Lunatic asylums in Bengal annual reports 1888-1898 - 1888-1898
Year: 1888
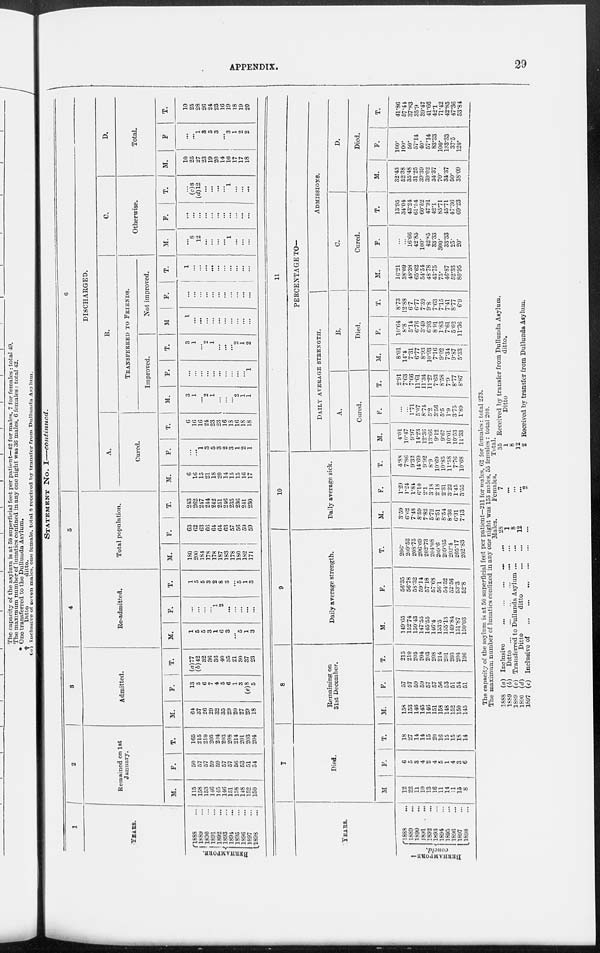
APPENDIX.
29
STATEMENT No. I—continued.
1
YEARS.
BERHAMPORE.
1888
...
1889
...
1890...
1891 ...
1892
...
1893...
1894
...
1895 ...
1896 ...
1897 ...
1898
...
2
Remained on 1st
January.
M.
115
158
153
146
145
146
151
158
148
152
150
F.
50
57
57
59
59
57
57
56
53
51
54
T.
165
215
210
205
204
203
208
214
201
203
204
3
Admitted.
M.
64
37
26
29
32
35
29
20
27
29
18
F.
13
5
6
7
4
5
6
1
3
(e)8
5
T.
(a)77
(b)42
32
36
36
40
35
21
30
37
23
4
Re-admitted.
M.
1
5
5
3
1
6
3
...
5
1
3
F.
...
...
...
...
1
2
...
...
...
...
...
T.
1
5
5
3
2
8
3
...
5
1
3
5
Total population.
M.
180
200
184
178
178
187
183
178
180
182
171
F.
63
62
63
66
64
64
63
57
56
59
59
T.
243
262
247
244
242
251
246
235
236
241
230
6
DISCHARGED.
A.
Cured.
M.
6
16
15
21
18
20
14
15
15
16
17
F.
...
...
1
3
5
3
2
3
1
2
1
T.
6
16
16
24
23
23
16
18
16
18
18
B.
TRANSFERRED TO FRIENDS.
Improved.
M.
3
1
...
2
1
...
...
...
2
1
1
F.
...
...
...
...
...
...
...
...
...
...
1
T.
3
1
...
2
1
...
...
...
2
1
2
Not improved.
M
1
...
...
...
...
...
...
...
...
...
...
F.
...
...
...
...
...
...
...
...
...
...
...
T.
1
...
...
...
...
...
...
...
...
...
...
C.
Otherwise.
M.
...
8
12
...
...
...
...
1
...
...
...
F.
...
...
...
...
...
...
...
...
...
...
...
T.
...
(c)8
(d)12
...
...
...
...
1
...
...
...
D,
Total.
M.
10
25
27
23
19
20
14
16
17
17
18
F
...
...
1
3
5
3
...
3
1
2
2
T.
10
25
28
26
24
23
16
19
18
19
20
YEARS.
BERHAMPORE —
concld.
1888 ...
1889 ...
1890...
1891 ...
1892 ...
1893...
1894...
1895 ...
1896 ...
1897 ...
1898 ...
7
Died.
M
12
22
11
10
13
16
11
14
11
15
8
F.
6
5
3
4
2
4
5
1
4
3
6
T.
18
27
14
14
15
20
16
15
15
18
14
8
Remaining on
31st December.
M.
158
153
146
145
146
151
158
148
152
150
145
F.
57
57
59
59
57
57
56
53
51
54
51
T.
215
210
205
204
203
208
214
201
203
204
196
9
Daily average strength.
M.
149.65
152.74
150.43
147.55
145.55
146.4
153.5
155.13
149.84
151.87
150.03
F.
56.35
56.78
58.32
59.14
57.18
57.68
56.1
54.52
52.56
53.3
52.8
T.
206.
209.52
208.75
206.69
202.73
204.08
209.6
209.65
202.4
205.17
202.83
10
Daily average sick.
M.
3.59
6.62
7.43
8.59
7.82
5.72
8.51
8.54
8.36
6.31
7.13
F.
1.29
1.24
1.84
6.10
2.1
3.18
2.18
2.31
3.22
1.45
3.55
T.
4.88
7.86
9.32
14.69
9.92
8.9
10.69
10.85
11.58
7.76
10.68
11
PERCENTAGE TO—
DAILY AVERAGE STRENGTH.
A.
Cured.
M.
4.01
10.47
9.97
14.23
12.36
13.66
9.12
9.67
10.01
10.53
11.33
F.
...
...
1.71
5.07
8.74
5.2
3.56
5.5
1.9
3.75
1.89
T.
2.91
7.63
7.66
11.61
11.34
11.27
7.63
8.58
7.9
8.77
8.87
B.
Died.
M.
8.01
14.4
7.31
6.77
8.93
10.93
7.16
9.02
7.34
9.87
5.33
F.
10.64
8.8
5.14
6.76
3.49
6.93
8.91
1.83
7.61
5.62
11.36
T.
8.73
12.88
67
6.77
7.39
9.8
7.63
7.15
7.41
8.77
6.9
ADMISSIONS.
C.
Cured.
M.
16.21
38.09
48.38
65.62
54.54
48.78
43.75
75.
46.87
52.33
80.95
F.
...
...
16.66
42.85
100.
42.85
33.33
300.
33.33
25.
20.
T.
13.95
34.04
43.24
61.54
60.52
47.91
42.1
85.71
45.71
47.36
69.23
D.
Died.
M.
32.43
5238
35.48
31.25
39.39
39.02
34.37
70.
34.37
50.
38.09
F.
100.
100.
50.
57.14
40.
57.14
83.33
100.
133.33
37.5
120.
T.
41.86
57.44
37.83
35.9
39.47
41.66
42.l
71.42
42.85
47.36
53.84
The capacity of the asylum is at 50 superficial feet per patient—211 for males, 62 for females: total 273.
The maximum number of lunatics confined in any one night was 153 males, 55 females : total 208.
1888
1889
1889
1890
1897
(a)
(b)
(c)
(d)
(e)
Inclusive
...
...
...
...
Ditto
...
...
...
...
Transferred to Dullunda Asylum ...
Ditto
ditto ... ...
Inclusive of
...
...
...
...
Males.
28
1
8
12
...
Females.
7
...
...
...
2
Total.
35
1
8
12
2
Received by transfer from Dullunda Asylum.
Ditto
ditto.
Received by transfer from Dullunda Asylum.